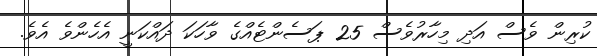
ކުރިން ވެސް އަދި މިހާރުވެސް 25 ޕަސެންޓެއްގެ ވާހަކަ ދައްކަނީ އެހެންވެ އެވެ.